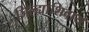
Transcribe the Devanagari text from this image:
जिल्ह्यांशिवाय